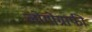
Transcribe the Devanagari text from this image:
लोगोग्राफी